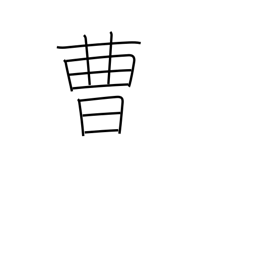
Meaning: office